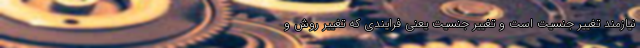
نیازمند تغییر جنسیت است و تغییر جنسیت یعنی فرایندی که تغییر روش و